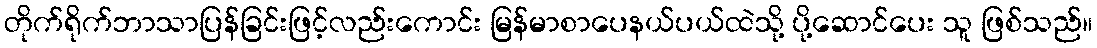
တိုက်ရိုက်ဘာသာပြန်ခြင်းဖြင့်လည်းကောင်း မြန်မာစာပေနယ်ပယ်ထဲသို့ ပို့ဆောင်ပေး သူ ဖြစ်သည်။